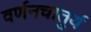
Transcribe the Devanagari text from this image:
वर्णनचातुर्य